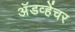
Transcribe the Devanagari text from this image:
अॅडव्हेंचर